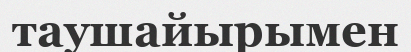
таушайырымен